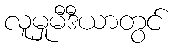
လူမှုမီဒီယာတွင်